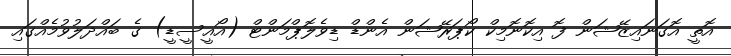
އޮތީ އޮގަނައިޒޭޝަން ފޮ އިކޮނޮމިކް ކޯޕަރޭޝަން އެންޑް ޑިވެލޮޕްމަންޓް (އޯއީސީޑީ) ގެ ބައްދަލުވުމެއްގައި